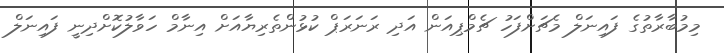
މިމުބާރާތުގެ ފައިނަލް މެޗަށްފަހު ޗެމްޕިއަން އަދި ރަނަރަޕް ކުޅުންތެރިޔާއަށް އިނާމް ހަވާލުކޮށްދިނީ ފައިނަލް